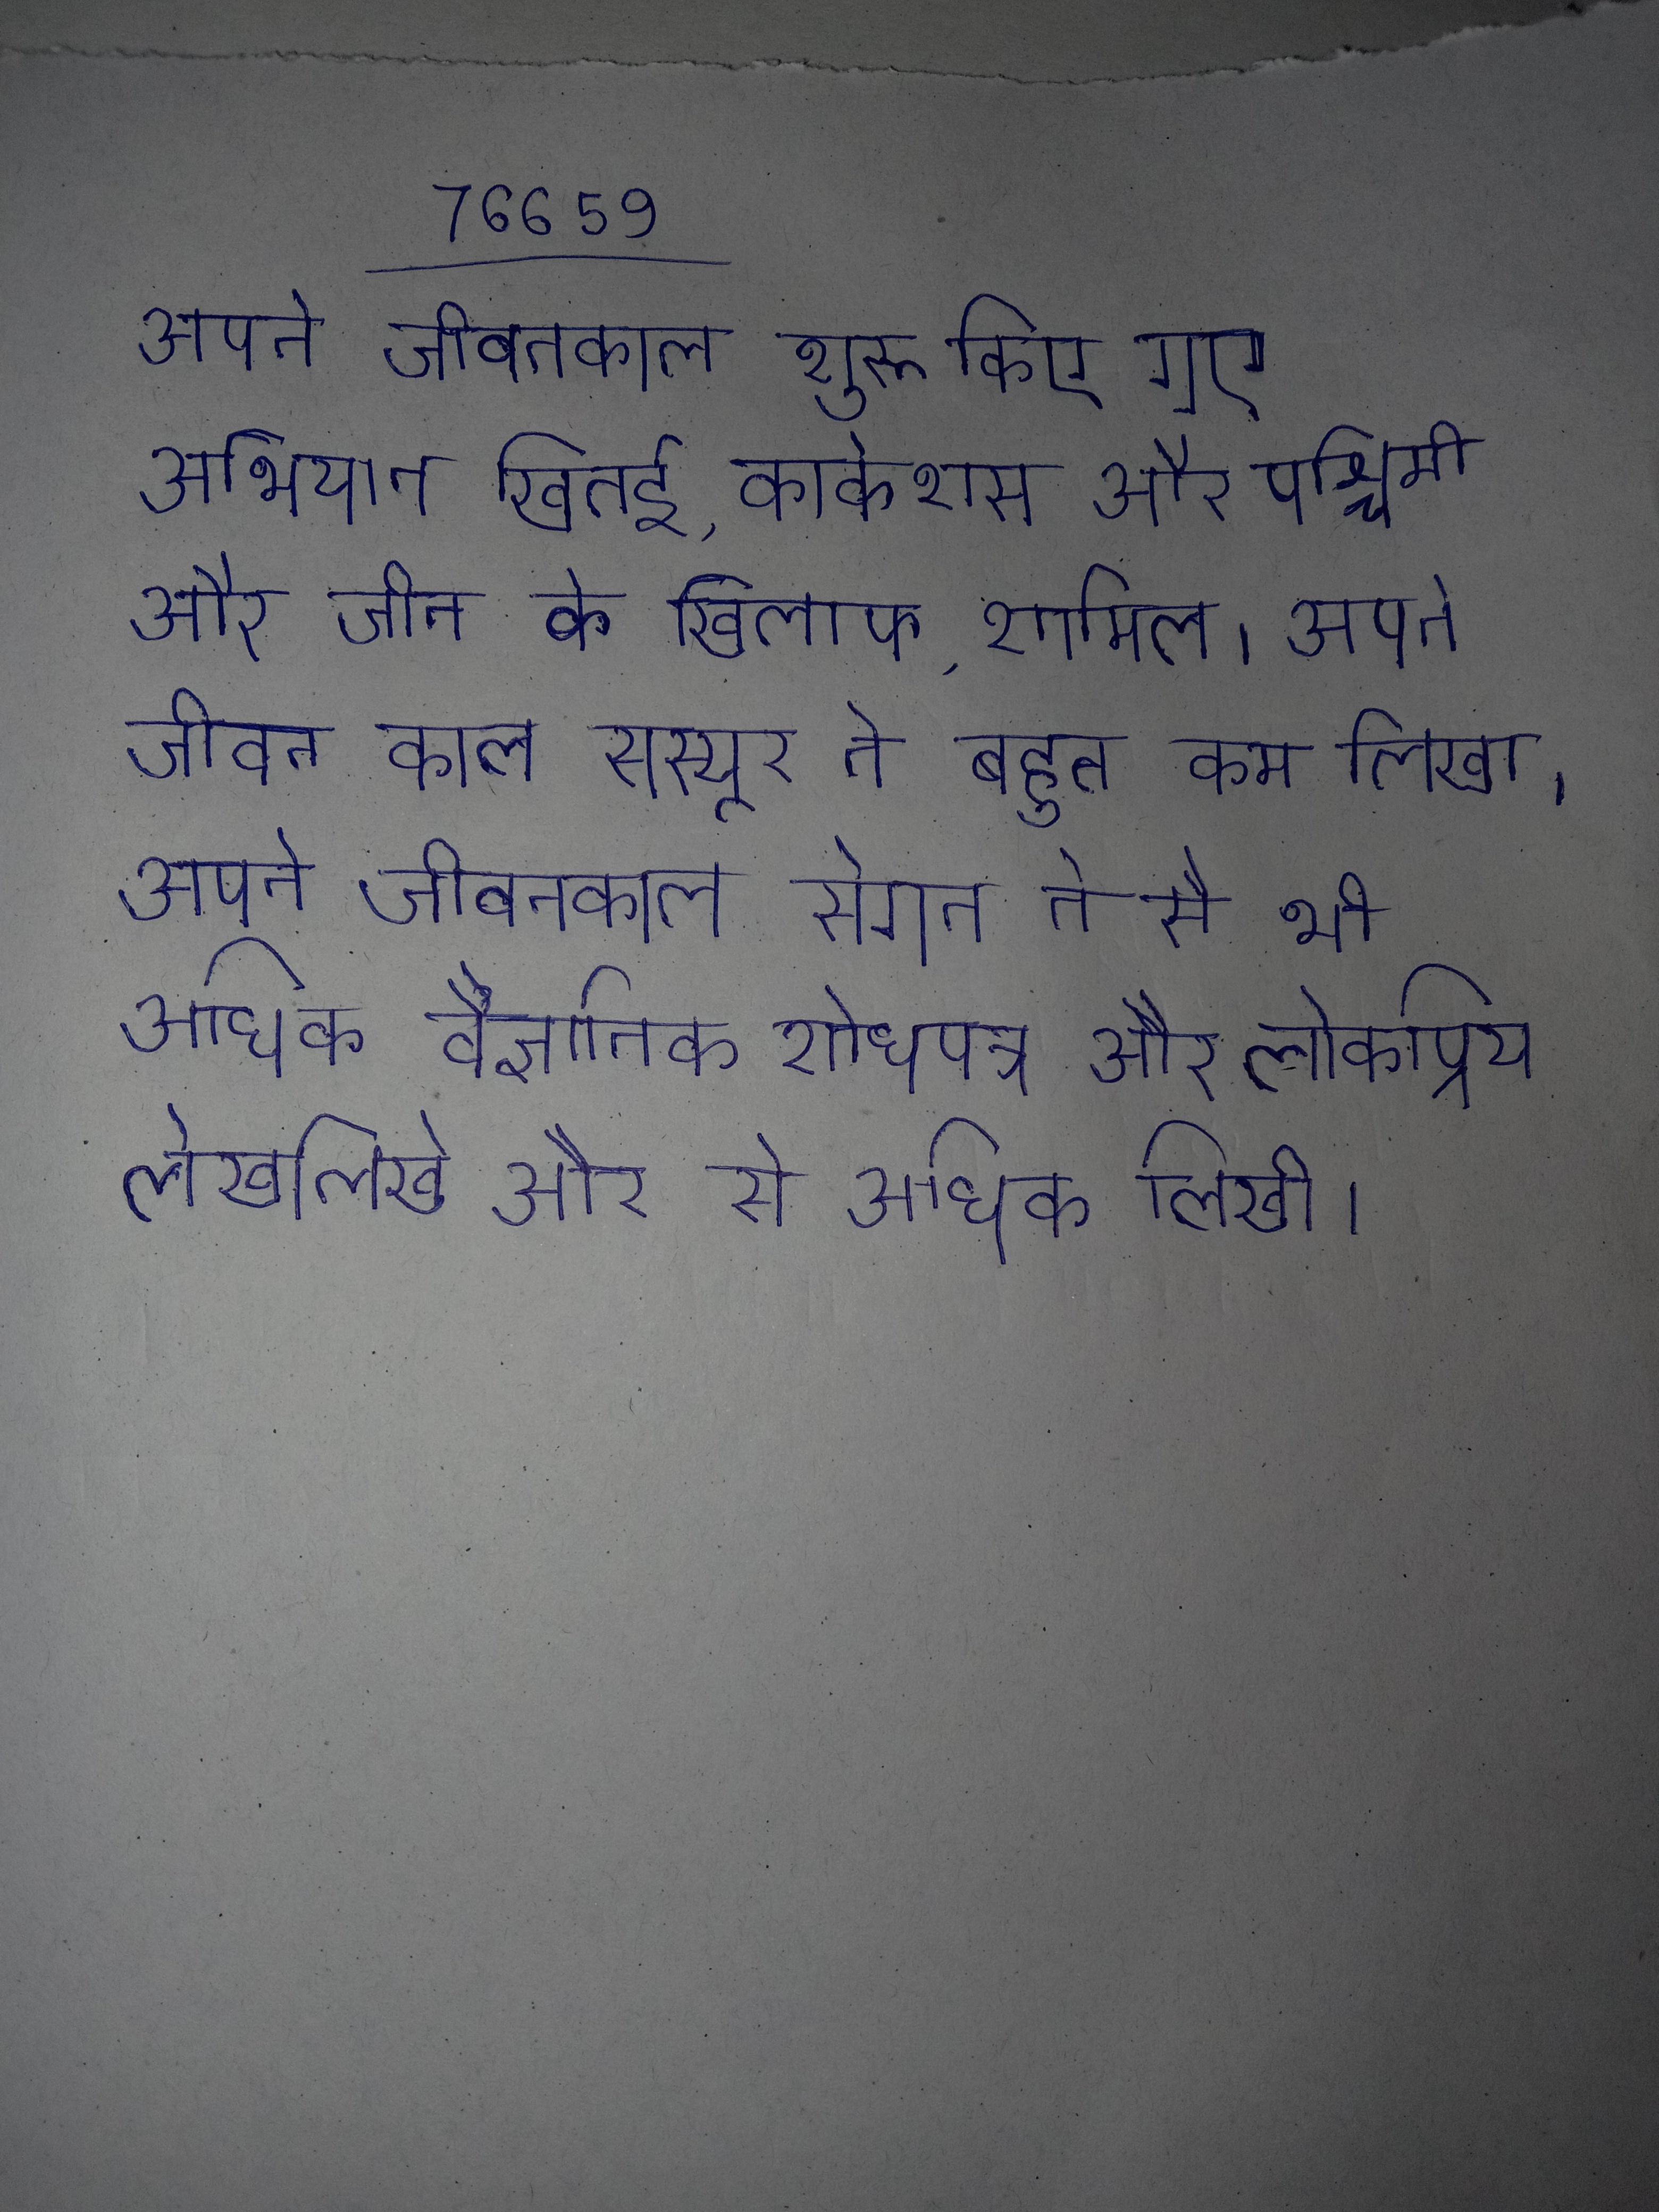
अपने जीवनकाल शुरू किए गए अभियान खितई, काकेशस और पश्चिमी और जीन के खिलाफ, शामिल । अपने जीवन काल सस्यूर ने बहुत कम लिखा । अपने जीवनकाल सेगन ने से भी अधिक वैज्ञानिक शोधपत्र और लोकप्रिय लेख लिखे और से अधिक लिखी ।